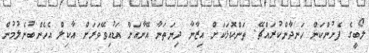
ލޯބީގެ ފެށުންކަން ހަނދާންކުރައްޗޭ. ތަންކޮޅަކަށް އިޒާނާ ދިޔަތަނާ އޭނާއަށް އަޑުއިވޭވަރަށް އާކިލް އެހެންބުނެލުމުން